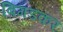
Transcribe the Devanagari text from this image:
बिगडकर